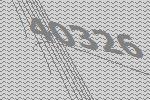
40326